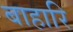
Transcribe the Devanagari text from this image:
बाहारि